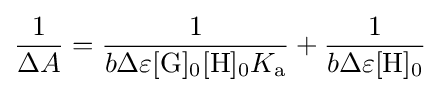
{\frac {1}{{\Delta }A}}={\frac {1}{b{\Delta }\varepsilon [{\ce {G}}]_{0}[{\ce {H}}]_{0}K_{\rm {a}}}}+{\frac {1}{b{\Delta }\varepsilon [{\ce {H}}]_{0}}}